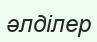
әлділер